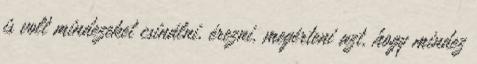
is volt mindezeket csinálni, érezni, megérteni azt, hogy mindez